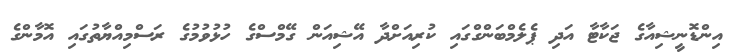
އިންޑޮނީޝިއާގެ ޖަކާޓާ އަދި ޕެލެމްބަންގްގައި ކުރިއަށްދާ އޭޝިއަން ގޭމްސްގެ ހުޅުވުމުގެ ރަސްމިއްޔާތުގައި އޮމާންގެ